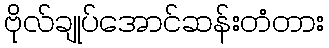
ဗိုလ်ချုပ်အောင်ဆန်းတံတား